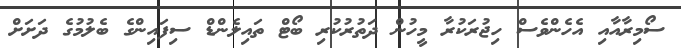
ސޯމިރާއާއި އެހެންވެސް ހިޖުރަކުރާ މީހުން ދަތުރުކުރި ބޯޓް ތައިލެންޑް ސިފައިންގެ ބެލުމުގެ ދަށަށް